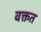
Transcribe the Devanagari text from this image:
वक्तत